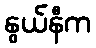
နွယ်နီက